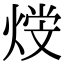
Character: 𤋩